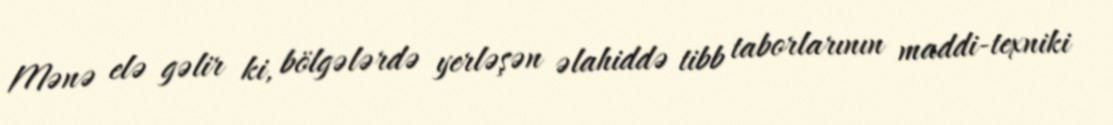
Mənə elə gəlir ki, bölgələrdə yerləşən əlahiddə tibb taborlarının maddi-texniki